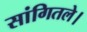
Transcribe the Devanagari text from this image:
सांगितले।